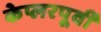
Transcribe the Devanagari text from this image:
केप्लरपूर्वी